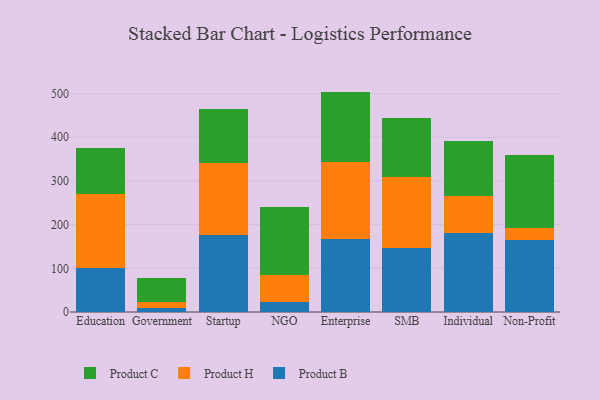
{"axis": {"x": "Segment", "y": "Tickets Resolved"}, "legend": ["Product B", "Product C", "Product H"], "data": [{"x": "Education", "y": 99.8, "type": "Product B"}, {"x": "Education", "y": 170.8, "type": "Product H"}, {"x": "Education", "y": 103.8, "type": "Product C"}, {"x": "Government", "y": 8.2, "type": "Product B"}, {"x": "Government", "y": 15.1, "type": "Product H"}, {"x": "Government", "y": 55.1, "type": "Product C"}, {"x": "Startup", "y": 177.3, "type": "Product B"}, {"x": "Startup", "y": 163.9, "type": "Product H"}, {"x": "Startup", "y": 123.0, "type": "Product C"}, {"x": "NGO", "y": 22.5, "type": "Product B"}, {"x": "NGO", "y": 63.2, "type": "Product H"}, {"x": "NGO", "y": 154.4, "type": "Product C"}, {"x": "Enterprise", "y": 168.2, "type": "Product B"}, {"x": "Enterprise", "y": 174.4, "type": "Product H"}, {"x": "Enterprise", "y": 161.8, "type": "Product C"}, {"x": "SMB", "y": 147.1, "type": "Product B"}, {"x": "SMB", "y": 161.1, "type": "Product H"}, {"x": "SMB", "y": 135.6, "type": "Product C"}, {"x": "Individual", "y": 179.8, "type": "Product B"}, {"x": "Individual", "y": 86.1, "type": "Product H"}, {"x": "Individual", "y": 125.1, "type": "Product C"}, {"x": "Non-Profit", "y": 164.7, "type": "Product B"}, {"x": "Non-Profit", "y": 28.0, "type": "Product H"}, {"x": "Non-Profit", "y": 166.7, "type": "Product C"}]}